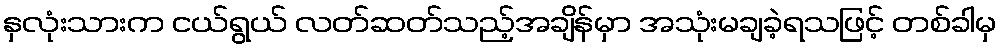
နှလုံးသားက ငယ်ရွယ် လတ်ဆတ်သည့်အချိန်မှာ အသုံးမချခဲ့ရသဖြင့် တစ်ခါမှ